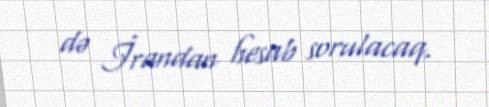
də İrandan hesab sorulacaq.